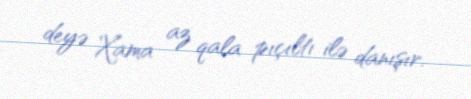
deyə Xama az qala pıçıltı ilə danışır.